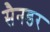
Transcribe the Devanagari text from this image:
सैनडर